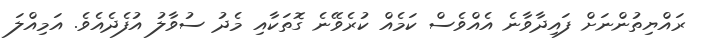
ރައްޔިތުންނަށް ފައިދާވާނެ އެއްވެސް ކަމެއް ކުރެވޭނެ ގޮތަކާއި މެދު ސުވާލު އުފެދެއެވެ. އަމިއްލަ